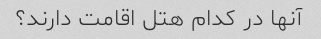
آنها در کدام هتل اقامت دارند؟